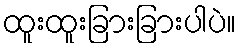
ထူးထူးခြားခြားပါပဲ။